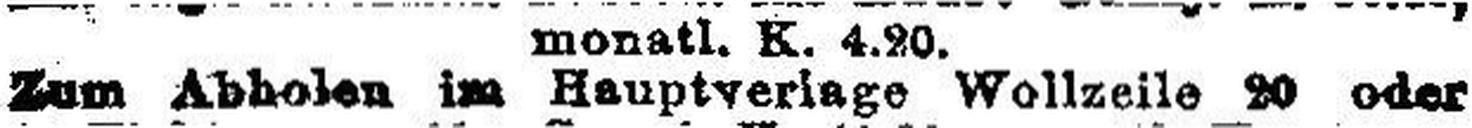
Zum Abholen im Hauptverlage Wollzeile 20 oder